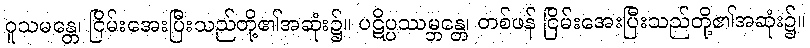
ဝူသမန္တေ၊ ငြိမ်းအေးပြီးသည်တို့၏အဆုံး၌။ ပဋိပ္ပဿမ္ဘန္တေ၊ တစ်ဖန် ငြိမ်းအေးပြီးသည်တို့၏အဆုံး၌။